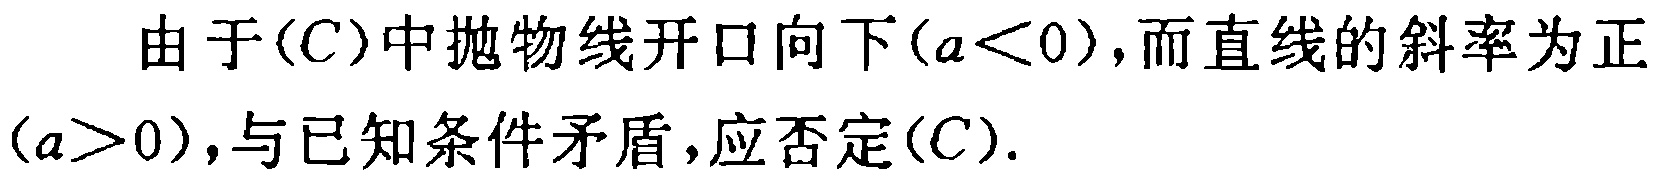
由于\((C)\)中抛物线开口向下\((a<0)\)，而直线的斜率为正\((a>0)\)，与已知条件矛盾，应否定\((C)\).